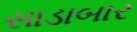
સાડાબાર